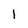
Character: l